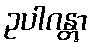
ဥပါဂန္တွာ